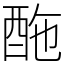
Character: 𨠑